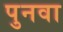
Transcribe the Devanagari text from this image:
पुनवा